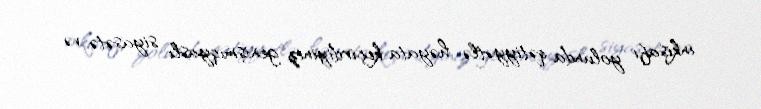
inkişafı yolunda qətiyyətlə həyata keçirdiyiniz genişmiqyaslı siyasətə və